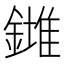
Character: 𨬉